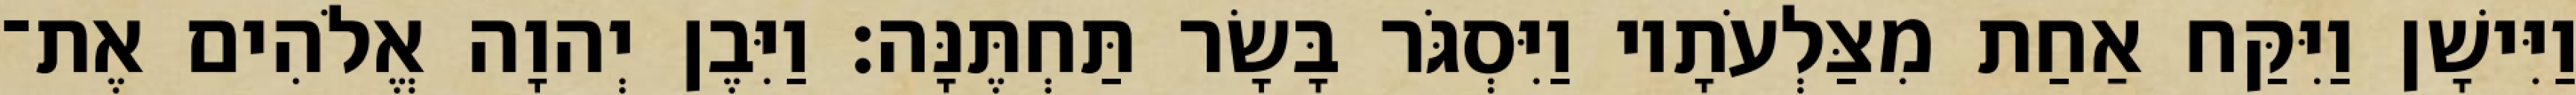
וַיִּישָׁן וַיִּקַּח אַחַת מִצַּלְעֹתָיו וַיִּסְגֹּר בָּשָׂר תַּחְתֶּנָּה׃ וַיִּבֶן יְהוָה אֱלֹהִים אֶת־